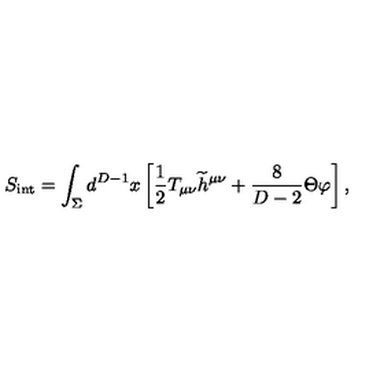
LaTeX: S _ { \mathrm { { \small i n t } } } = \int _ { \Sigma } d ^ { D - 1 } x \left[ { \frac { 1 } { 2 } } T _ { \mu \nu } { \widetilde h } ^ { \mu \nu } + { \frac { 8 } { D - 2 } } \Theta \varphi \right] ,